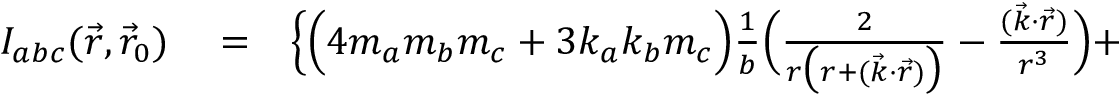
\begin{array} { r l r } { { \cal I } _ { a b c } ( \vec { r } , \vec { r } _ { 0 } ) } & { { } = } & { \Big \{ \Big ( 4 m _ { a } m _ { b } m _ { c } + 3 k _ { a } k _ { b } m _ { c } \Big ) \frac { 1 } { b } \Big ( \frac { 2 } { r \big ( r + ( \vec { k } \cdot \vec { r } ) \big ) } - \frac { ( \vec { k } \cdot \vec { r } ) } { r ^ { 3 } } \Big ) + } \end{array}